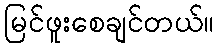
မြင်ဖူးစေချင်တယ်။